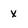
Character: x